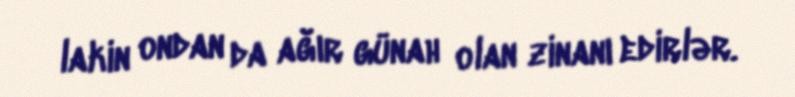
lakin ondan da ağır günah olan zinanı edirlər.